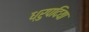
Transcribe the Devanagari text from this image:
ध्रुपदिया